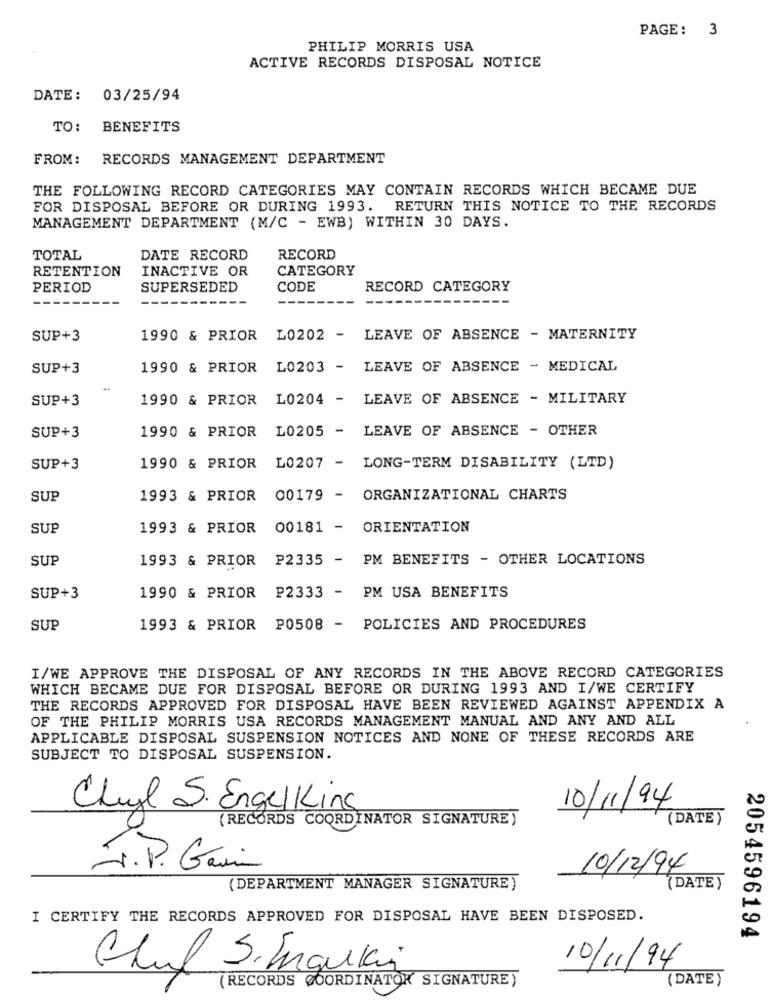
PAGE: 3
PHILIP MORRIS USA
ACTIVE RECORDS DISPOSAL NOTICE
DATE: 03/25/94
TO: BENEFITS
FROM: RECORDS MANAGEMENT DEPARTMENT
THE FOLLOWING RECORD CATEGORIES MAY CONTAIN RECORDS WHICH BECAME DUE
FOR DISPOSAL BEFORE OR DURING 1993. RETURN THIS NOTICE TO THE RECORDS
MANAGEMENT DEPARTMENT (M/C - EWB) WITHIN 30 DAYS.
TOTAL
DATE RECORD
RECORD
RETENTION
INACTIVE OR
CATEGORY
PERIOD
SUPERSEDED
CODE
RECORD CATEGORY
SUP+3
1990 & PRIOR
L0202 - LEAVE OF ABSENCE - MATERNITY
SUP+3
1990 & PRIOR
L0203 - LEAVE OF ABSENCE - MEDICAL
SUP+3
1990 & PRIOR L0204 - LEAVE OF ABSENCE - MILITARY
1990 & PRIOR
L0205 - LEAVE OF ABSENCE - OTHER
SUP+3
SUP+3
1990 & PRIOR
L0207 - LONG-TERM DISABILITY (LTD)
SUP
1993 & PRIOR 00179 - ORGANIZATIONAL CHARTS
SUP
1993 & PRIOR 00181 - ORIENTATION
SUP
1993 & PRIOR P2335 - PM BENEFITS - OTHER LOCATIONS
SUP+3
1990 & PRIOR
P2333 - PM USA BENEFITS
SUP
1993 & PRIOR P0508 - POLICIES AND PROCEDURES
I/WE APPROVE THE DISPOSAL OF ANY RECORDS IN THE ABOVE RECORD CATEGORIES
WHICH BECAME DUE FOR DISPOSAL BEFORE OR DURING 1993 AND I/WE CERTIFY
THE RECORDS APPROVED FOR DISPOSAL HAVE BEEN REVIEWED AGAINST APPENDIX A
OF THE PHILIP MORRIS USA RECORDS MANAGEMENT MANUAL AND ANY AND ALL
APPLICABLE DISPOSAL SUSPENSION NOTICES AND NONE OF THESE RECORDS ARE
SUBJECT TO DISPOSAL SUSPENSION.
Cheyl S. EngelKing
10/11/94
(DATE )
(RECORDS COORDINATOR SIGNATURE)
I.P. Gain
10/12/94
(DEPARTMENT MANAGER SIGNATURE)
( DATE )
I CERTIFY THE RECORDS APPROVED FOR DISPOSAL HAVE BEEN DISPOSED.
2054596194
Chul S.Inguki
10/11/94
(RECORDS COORDINATOR SIGNATURE)
(DATE)